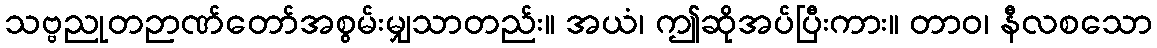
သဗ္ဗညုတဉာဏ်တော်အစွမ်းမျှသာတည်း။ အယံ၊ ဤဆိုအပ်ပြီးကား။ တာဝ၊ နီလစသော